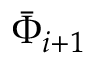
\bar { \Phi } _ { i + 1 }